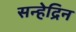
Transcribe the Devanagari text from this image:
सन्हेद्रिन